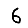
Digit: 6